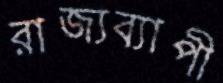
রাজ্যব্যাপী